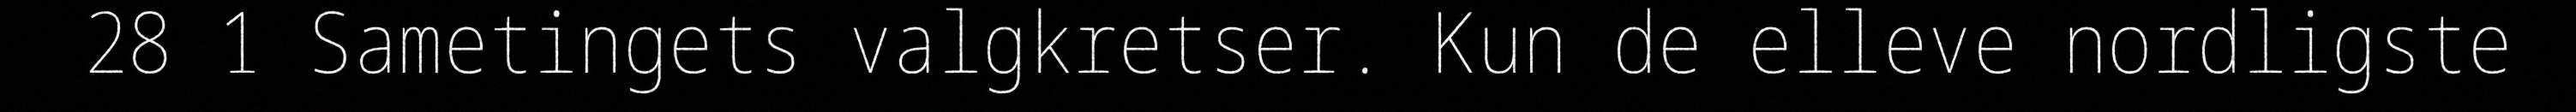
28 1 Sametingets valgkretser. Kun de elleve nordligste